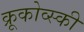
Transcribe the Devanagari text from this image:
क्रूकोव्स्की